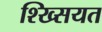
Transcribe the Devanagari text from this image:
श्ख्सियत